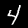
Digit: 4